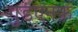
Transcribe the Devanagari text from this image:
गुडएनफ़